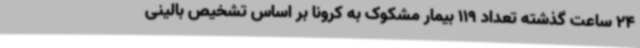
24 ساعت گذشته تعداد 119 بیمار مشکوک به کرونا بر اساس تشخیص بالینی